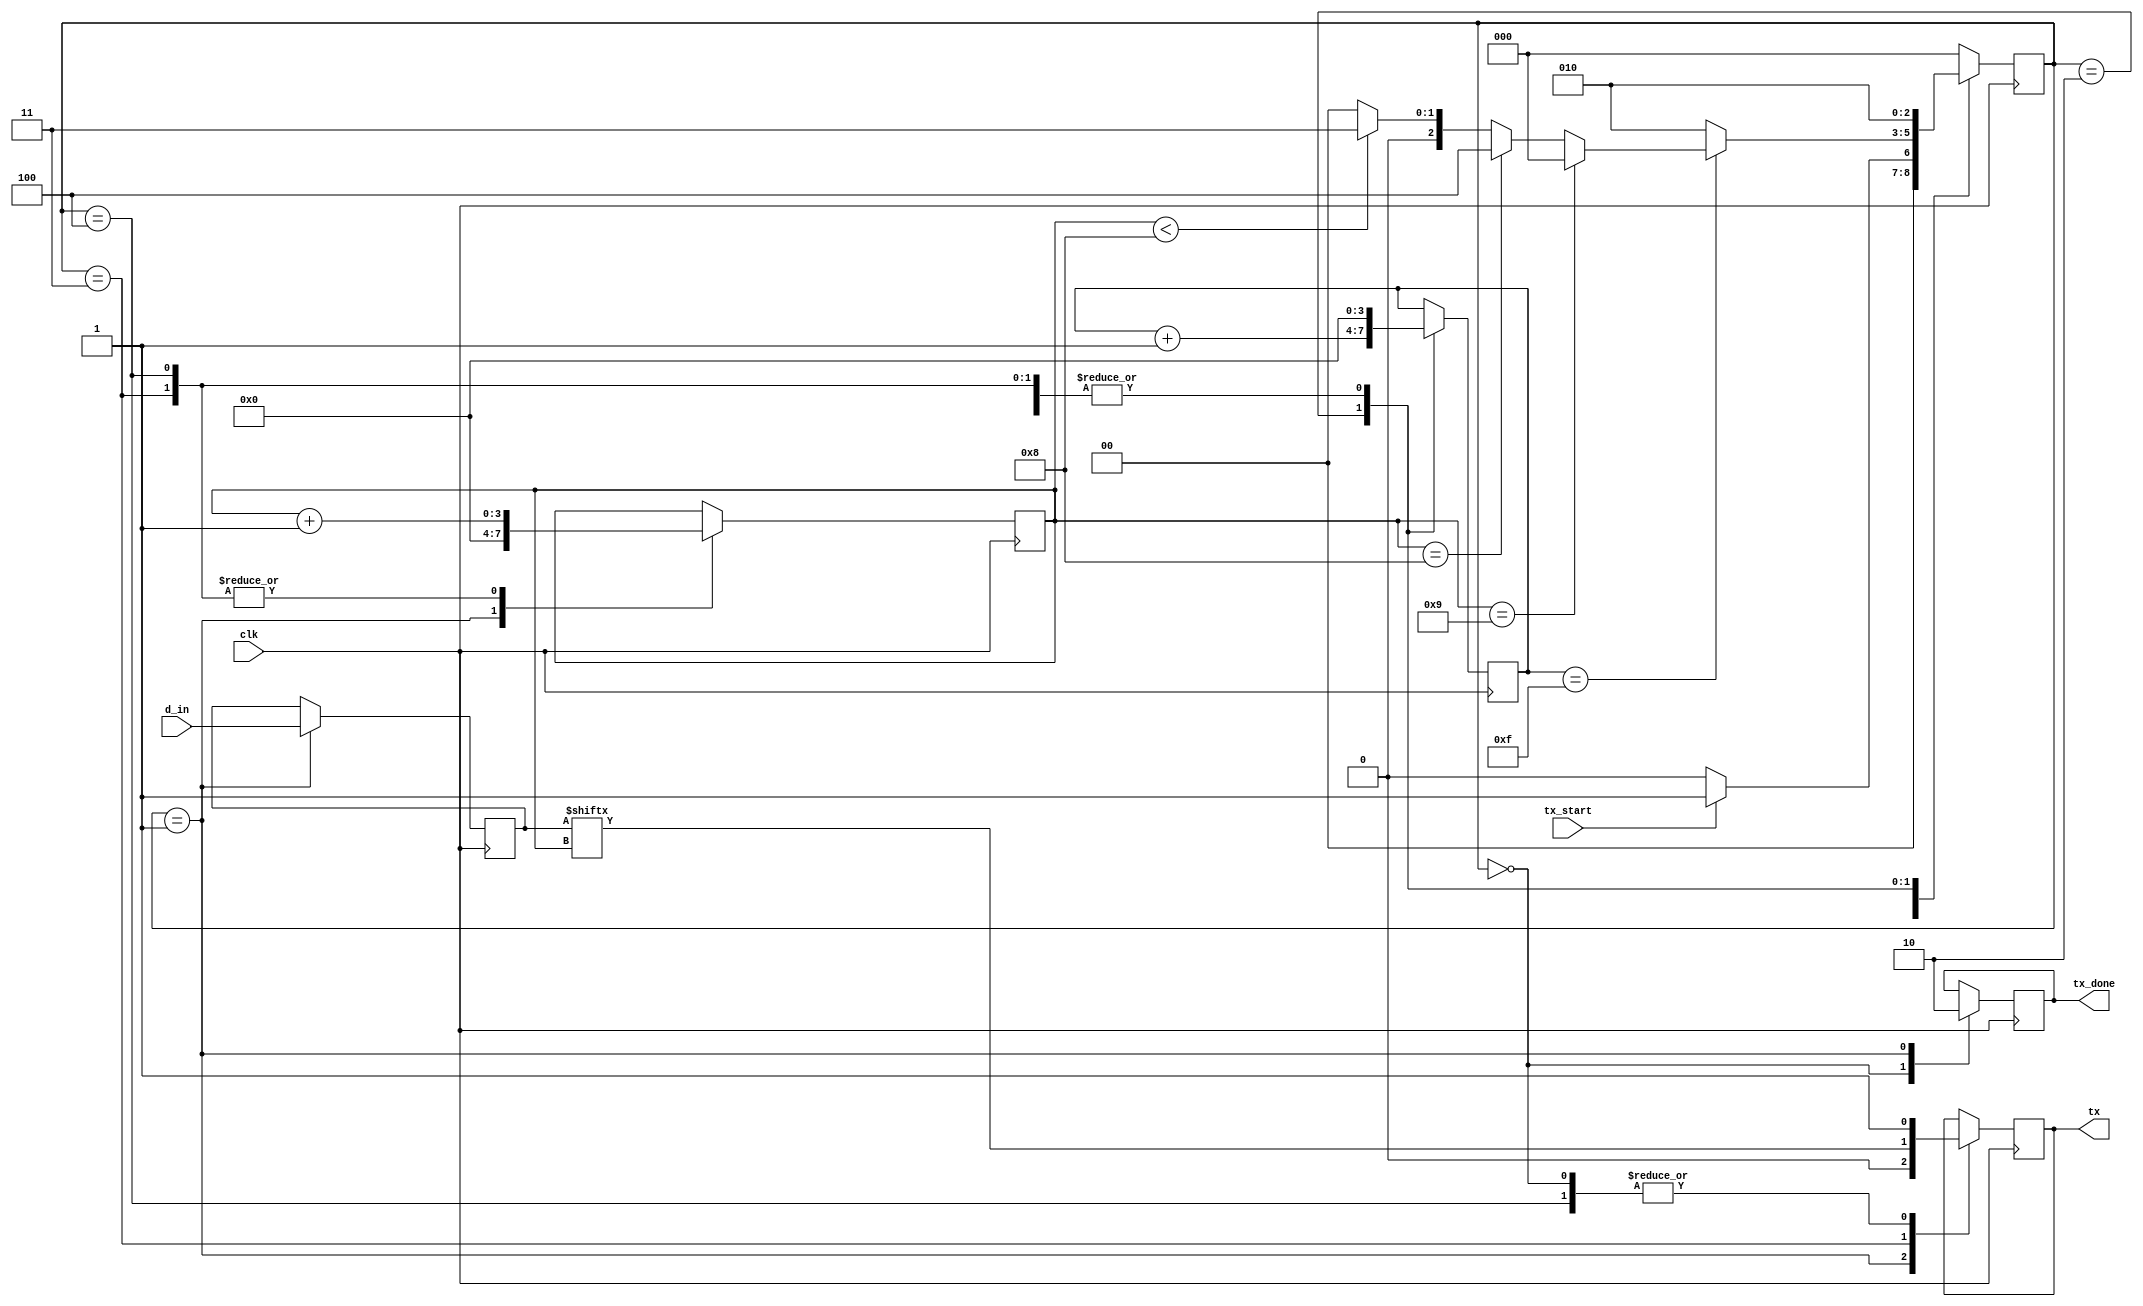
`timescale 1ns / 1ps
//////////////////////////////////////////////////////////////////////////////////
// Company: 
// Engineer: 
// 
// Design Name: 
// Module Name:    UART_TX 
// Project Name: 
// Target Devices: 
// Tool versions: 
// Description: 
//
// Dependencies: 
//
// Revision: 
// Revision 0.01 - File Created
// Additional Comments: 
//
//////////////////////////////////////////////////////////////////////////////////
module UART_TX(
   input wire clk,
	input wire [7:0]d_in,
	input wire tx_start,
	output reg tx_done,
	output reg tx
);

initial
begin
	tx_done = 1;
	tx = 1;
end

//Declaro los estados que voy a tener.
localparam [2:0] 	IDLE 	 = 3'b000,
						START  = 3'b001,
						ESPERO = 3'b010,
						ENVIO  = 3'b011,
						STOP	 = 3'b100;


//Declaro las variables necesarias internas.
reg [2:0] current_state = 3'b000;
reg [2:0] next_state = 3'b000;
reg [7:0] bus_tx=0;
reg [3:0] n=0;
reg [3:0] s=0; 


//Registro de estado, cambio segun el clock (aca va a ir conectado
// el s_tick).
always @(posedge clk)
begin
	current_state <= next_state;
end


//declaro ahora la logica de salida de cada estado
always @ (posedge clk)
begin
	case(current_state)
		IDLE:
			begin
				tx_done = 1;
				tx = 1;
			end
		START:
			begin 
				bus_tx = d_in;
				tx_done = 0;
				tx = 0;
				n = 0;
				s = 0;
			end
		ESPERO:
			begin
				s = s + 1;
			end
		ENVIO:
			begin
				tx = bus_tx [n];
				n = n + 1;
				s = 0;
			end	
		STOP:
			begin
				tx = 1;
				n = n + 1;
				s = 0;
			end
	endcase
end


//Logica para el cambio de estado.
always @*
begin
	next_state = IDLE;
	case (current_state)
		IDLE:
		begin
			if (tx_start == 1)
				next_state = START;
			else
				next_state = IDLE;
		end
		START: 
		begin
			next_state = ESPERO;
		end
		ESPERO:
		begin
			if (s == 15)
			begin
				if(n<8)
					next_state = ENVIO;
				if(n==8)
					next_state = STOP;
				if(n==9)
					next_state = IDLE;
			end
			else
			begin
				next_state = ESPERO;
			end
		end
		ENVIO:
		begin
			next_state = ESPERO;
		end
		STOP:
		begin
			next_state = ESPERO;
		end
	endcase
end

endmodule